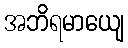
အဘိရမာယျေ